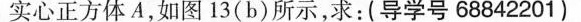
实心正方体A，如图13(b)所示，求：(导学号68842201)